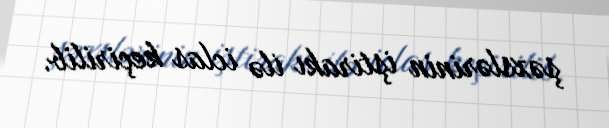
şəxslərinin iştirakı ilə iclas keçirilib.